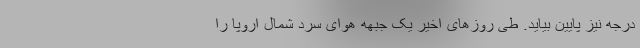
درجه نیز پایین بیاید. طی روزهای اخیر یک جبهه هوای سرد شمال اروپا را